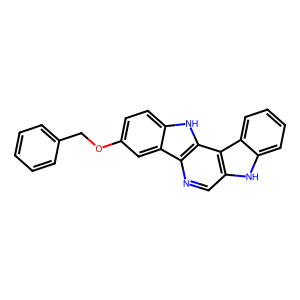
SMILES: c1ccc(COc2ccc3[nH]c4c(ncc5[nH]c6ccccc6c54)c3c2)cc1
Inhibits HIV replication: No